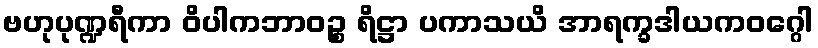
ဗဟုပုဏ္ဍရီကာ ဝိပါကဘာဝဉ္စ ရိဋ္ဌာ ပကာသယိ အာရက္ခဒါယကဝဂ္ဂေါ